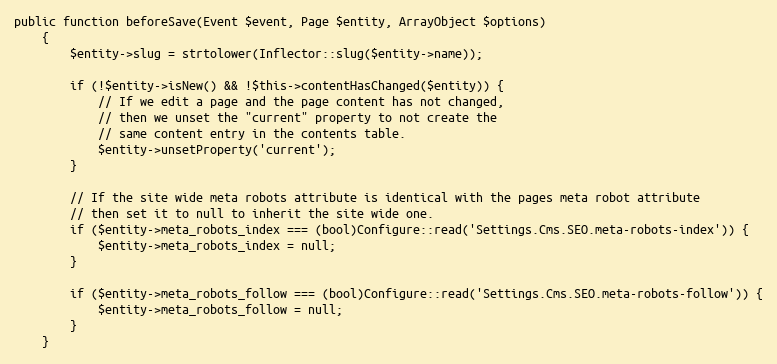
Language: PHP
public function beforeSave(Event $event, Page $entity, ArrayObject $options)
    {
        $entity->slug = strtolower(Inflector::slug($entity->name));

        if (!$entity->isNew() && !$this->contentHasChanged($entity)) {
            // If we edit a page and the page content has not changed,
            // then we unset the "current" property to not create the
            // same content entry in the contents table.
            $entity->unsetProperty('current');
        }

        // If the site wide meta robots attribute is identical with the pages meta robot attribute
        // then set it to null to inherit the site wide one.
        if ($entity->meta_robots_index === (bool)Configure::read('Settings.Cms.SEO.meta-robots-index')) {
            $entity->meta_robots_index = null;
        }

        if ($entity->meta_robots_follow === (bool)Configure::read('Settings.Cms.SEO.meta-robots-follow')) {
            $entity->meta_robots_follow = null;
        }
    }